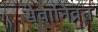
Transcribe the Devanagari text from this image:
सेवानिव्रत